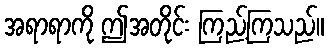
အရာရာကို ဤအတိုင်း ကြည့်ကြသည်။